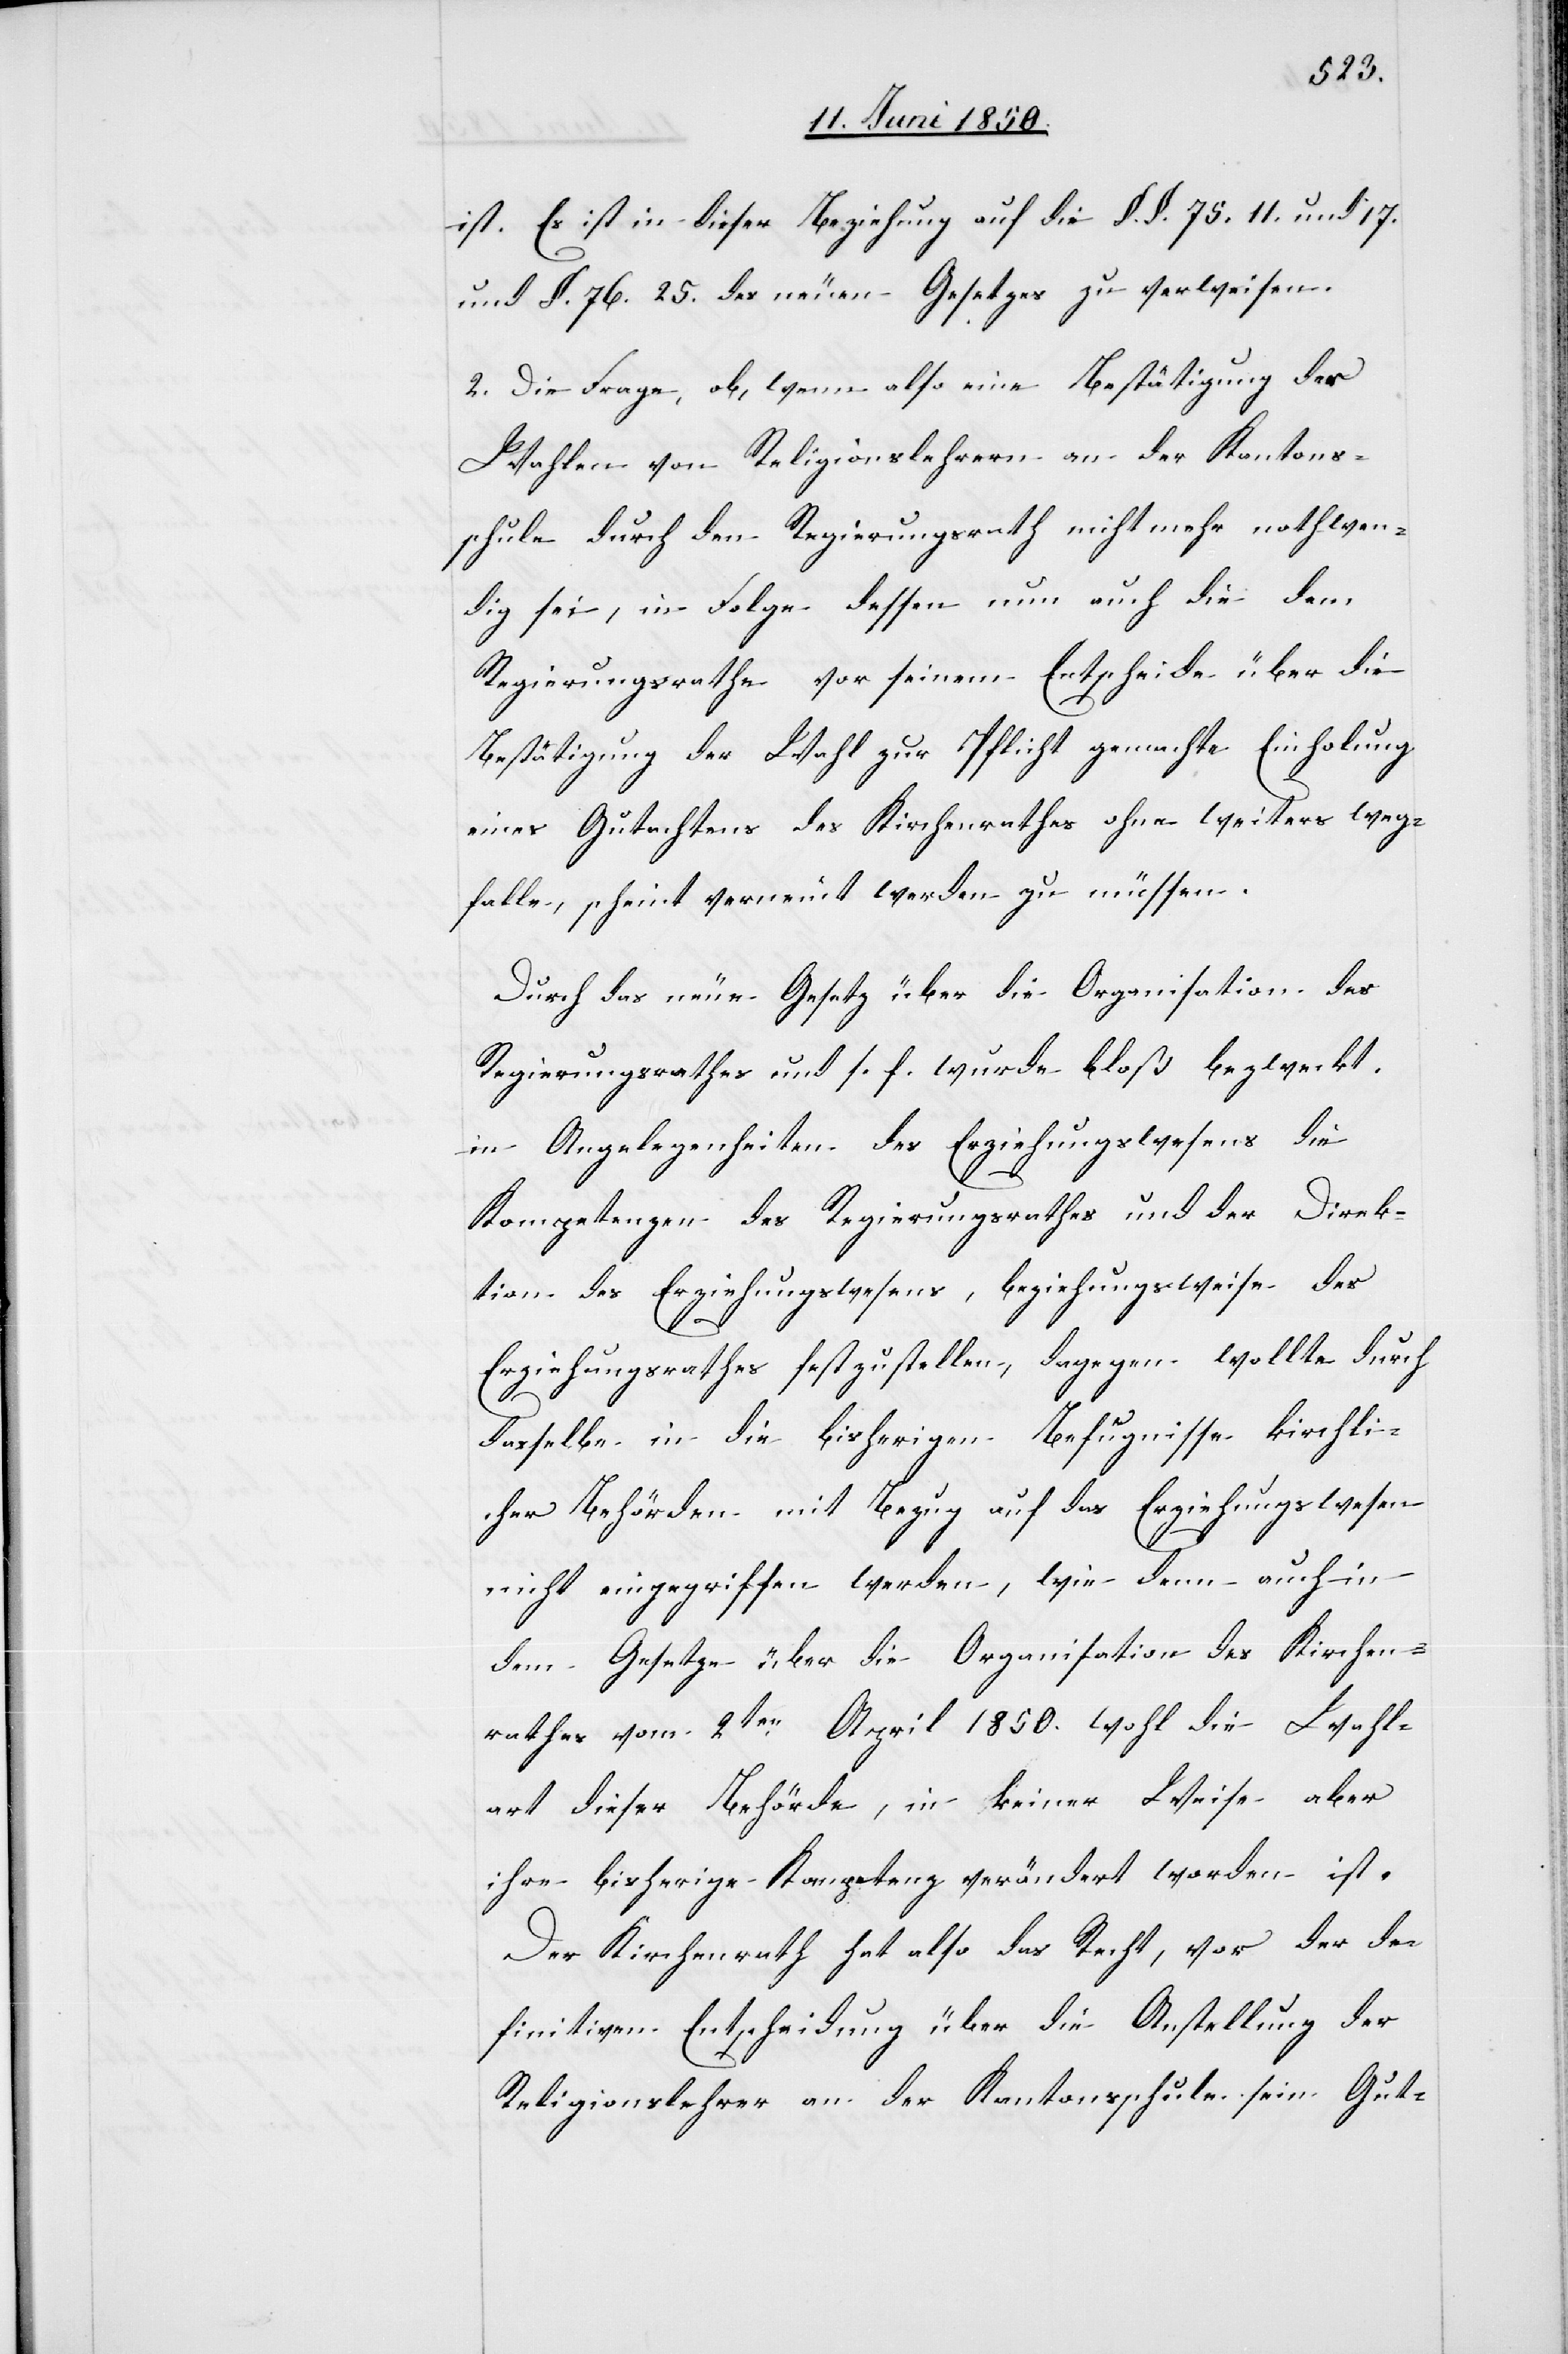
ist. Es ist in dieser Beziehung auf die §. §. 75. 11. und 17.
und §. 76. 25. des neuen Gesetzes zu verweisen.
2. Die Frage, ob, wenn also eine Bestätigung der
Wahlen von Religionslehrern an der Kantons¬
schule durch den Regierungsrath nicht mehr nothwen¬
dig sei, in Folge dessen nun auch die dem
Regierungsrathe vor seinem Entscheide über die
Bestätigung der Wahl zur Pflicht gemachte Einholung
eines Gutachtens des Kirchenrathes ohne weiters weg¬
falle, scheint verneint werden zu müssen.
Durch das neue Gesetz über die Organisation des
Regierungsrathes und s. f. wurde bloß bezweckt,
in Angelegenheiten des Erziehungswesens die
Kompetenzen des Regierungsrathes und der Direk¬
tion des Erziehungswesens, beziehungsweise des
Erziehungsrathes festzustellen, dagegen wollte durch
dasselbe in die bisherigen Befugnisse kirchli¬
cher Behörden mit Bezug auf das Erziehungswesen
nicht eingegriffen werden, wie denn auch in
dem Gesetze über die Organisation des Kirchen¬
rathes vom 2ten April 1850. wohl die Wahl¬
art dieser Behörde, in keiner Weise aber
ihre bisherige Kompetenz verändert worden ist.
Der Kirchenrath hat also das Recht, vor der de¬
finitiven Entscheidung über die Anstellung der
Religionslehrer an der Kantonsschule sein Gut-